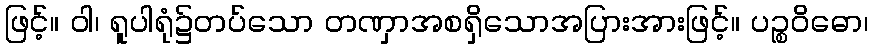
ဖြင့်။ ဝါ၊ ရူပါရုံ၌တပ်သော တဏှာအစရှိသောအပြားအားဖြင့်။ ပဉ္စဝိဓော၊